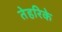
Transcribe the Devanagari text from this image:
तेहरिके